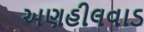
અણહીલવાડ